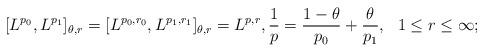
LaTeX: \begin{align*}[L^{p_0}, L^{p_1}]_{\theta,r}=[L^{p_0,r_0}, L^{p_1,r_1}]_{\theta,r}=L^{p,r}, \frac1p=\frac{1-\theta}{p_0}+\frac{\theta}{p_1}, ~~1\leq r\leq \infty;\end{align*}